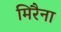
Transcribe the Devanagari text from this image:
मिरैना